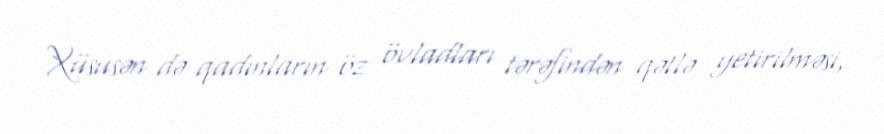
Xüsusən də qadınların öz övladları tərəfindən qətlə yetirilməsi,